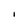
Character: i